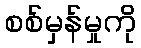
စစ်မှန်မှုကို